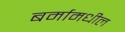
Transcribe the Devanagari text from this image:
बर्मामधील